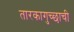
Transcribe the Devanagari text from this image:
तारकागुच्छाची